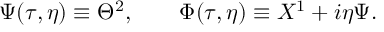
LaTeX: \Psi ( \tau , \eta ) \equiv \Theta ^ { 2 } , \qquad \Phi ( \tau , \eta ) \equiv X ^ { 1 } + i \eta \Psi .